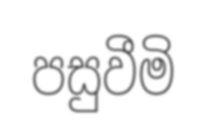
පසුවීමි